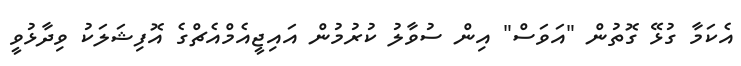
އެކަމާ ގުޅޭ ގޮތުން "އަވަސް" އިން ސުވާލު ކުރުމުން އައިޖީއެމްއެޗްގެ އޮފިޝަލަކު ވިދާޅުވީ